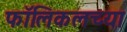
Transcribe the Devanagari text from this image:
फॉलिकलच्या